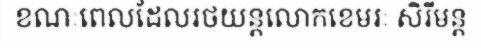
ខណៈពេលដែលរថយន្តលោកខេមរៈ សិរីមន្ត